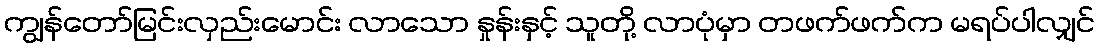
ကျွန်တော်မြင်းလှည်းမောင်း လာသော နှုန်းနှင့် သူတို့ လာပုံမှာ တဖက်ဖက်က မရပ်ပါလျှင်